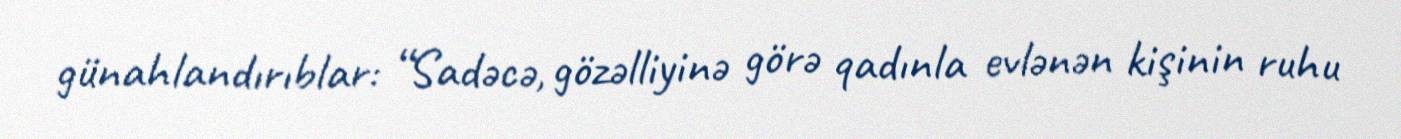
günahlandırıblar: “Sadəcə, gözəlliyinə görə qadınla evlənən kişinin ruhu